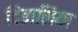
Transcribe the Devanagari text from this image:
दितालिया